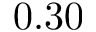
0 . 3 0